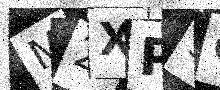
Text: M2XPS6